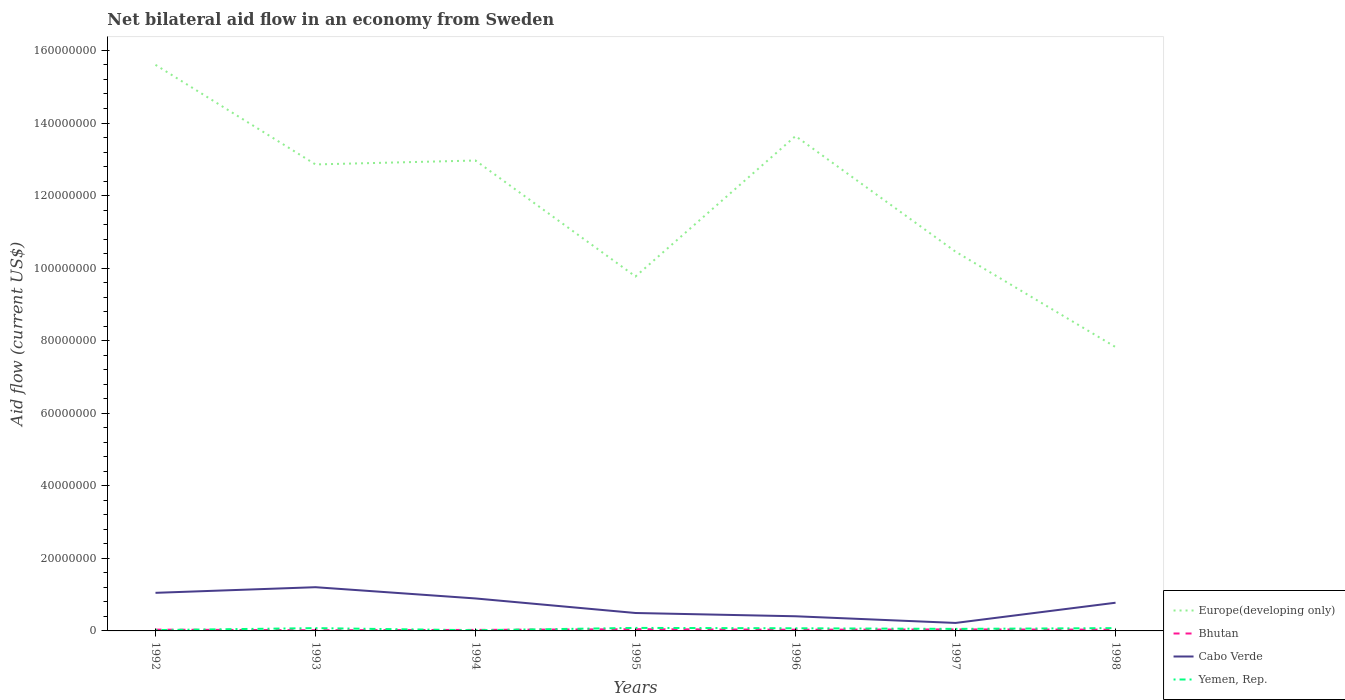
| Years | Europe(developing only) | Bhutan | Cabo Verde | Yemen, Rep. |
 | --- | --- | --- | --- | --- |
 | 1992 | 1.56e+08 | 3.5e+05 | 1.05e+07 | 2.3e+05 |
 | 1993 | 1.29e+08 | 1.9e+05 | 1.20e+07 | 7.7e+05 |
 | 1994 | 1.3e+08 | 2.8e+05 | 8.95e+06 | 1.9e+05 |
 | 1995 | 9.77e+07 | 4.8e+05 | 4.94e+06 | 8.3e+05 |
 | 1996 | 1.36e+08 | 3.3e+05 | 4.04e+06 | 7.3e+05 |
 | 1997 | 1.05e+08 | 4.2e+05 | 2.2e+06 | 5.6e+05 |
 | 1998 | 7.82e+07 | 3.5e+05 | 7.77e+06 | 7.7e+05 |